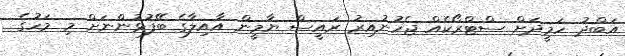
އަބްދު ހަމީދަށް ސްޓްރޯކެއް ޖެހުނުއިރު ރައީސް ޔާމީން އާއިލާގެ ބޭފުޅުންނަށް މި މަހުގެ